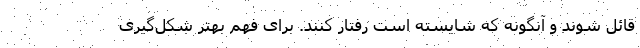
قائل شوند و آنگونه که شایسته است رفتار کنند. برای فهم بهتر شکل‌گیری